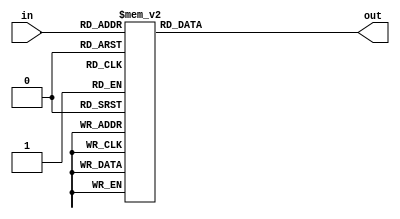
//////////////////////////////////////////////////////////////////////////////////
// Company: NTHU
//
// Module Name: decoder and seven_segment endcoder
// Project Name:Chip2Chip
// Additional Comments: display utility modules.
//////////////////////////////////////////////////////////////////////////////////

module decoder(in, out);
	input [3-1:0] in;
	output reg [7:0] out;
	always@(*) begin
		case(in)
			3'b000: out = 8'b0000_0001;
			3'b001: out = 8'b0000_0010;
			3'b010: out = 8'b0000_0100;
			3'b011: out = 8'b0000_1000;
			3'b100: out = 8'b0001_0000;
			3'b101: out = 8'b0010_0000;
			3'b110: out = 8'b0100_0000;
			3'b111: out = 8'b1000_0000;
		endcase
	end
endmodule

module seven_segment(in, out);
    input [8-1:0] in;
    output reg [7-1:0] out;
    always@(*) begin
        out[0] = (in[1]|in[4]);
        out[1] = (in[5]|in[6]);
        out[2] = (in[2]);
        out[3] = (in[1]|in[4]|in[7]);
        out[4] = (in[1]|in[3]|in[4]|in[5]|in[7]);
        out[5] = (in[1]|in[2]|in[3]|in[7]);
        out[6] = (in[0]|in[1]|in[7]);
    end
endmodule